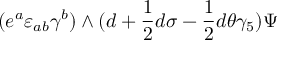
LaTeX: ( e ^ { a } \varepsilon _ { a b } \gamma ^ { b } ) \wedge ( d + { \frac { 1 } { 2 } } d \sigma - { \frac { 1 } { 2 } } d \theta \gamma _ { 5 } ) \Psi